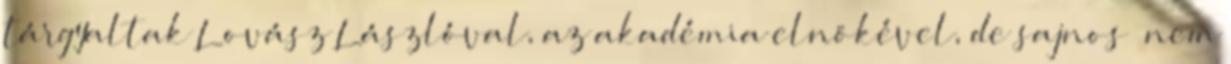
tárgyaltak Lovász Lászlóval, az akadémia elnökével, de sajnos „nem